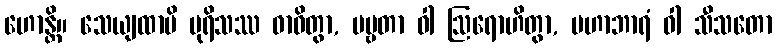
ဟောန္တိ။ သေယျထာပိ ပုရိသဿ ဓာဝိတွာ, ပဗ္ဗတာ ဝါ ဩရောဟိတွာ, မဟာဘာရံ ဝါ သီသတော